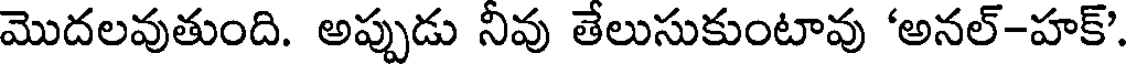
మొదలవుతుంది. అప్పుడు నీవు తేలుసుకుంటావు 'అనల్-హక్'